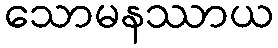
သောမနဿာယ